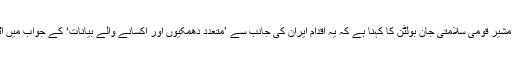
امریکہ کے مشیر قومی سلامتی جان بولٹن کا کہنا ہے کہ یہ اقدام ایران کی جانب سے ’متعدد دھمکیوں اور اکسانے والے بیانات‘ کے جواب میں اٹھایا گیا ہے۔